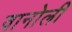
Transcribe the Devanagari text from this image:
वानोली